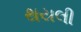
થયલી